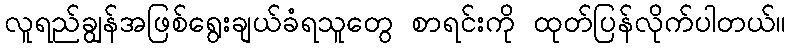
လူရည်ချွန်အဖြစ်ရွေးချယ်ခံရသူတွေ စာရင်းကို ထုတ်ပြန်လိုက်ပါတယ်။